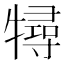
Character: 𤛧